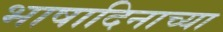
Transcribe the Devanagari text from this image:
भाषादिनाच्या